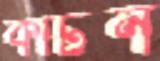
কার্টন